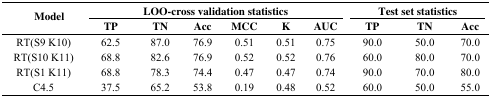
| <ROWSPAN=3> Model | <COLSPAN=6> LOO-cross validation statistics | <COLSPAN=3> Test set statistics |
 | TP | TN | Acc | MCC | K | AUC | TP | TN | Acc |
 | --- | --- | --- | --- | --- | --- | --- | --- | --- | --- |
 | RT(S9 K10) | 62.5 | 87.0 | 76.9 | 0.51 | 0.51 | 0.75 | 90.0 | 50.0 | 70.0 |
 | RT(S10 K11) | 68.8 | 82.6 | 76.9 | 0.52 | 0.52 | 0.76 | 60.0 | 80.0 | 70.0 |
 | RT(S1 K11) | 68.8 | 78.3 | 74.4 | 0.47 | 0.47 | 0.74 | 90.0 | 70.0 | 80.0 |
 | C4.5 | 37.5 | 65.2 | 53.8 | 0.19 | 0.48 | 0.52 | 60.0 | 50.0 | 55.0 |